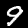
Label: 9